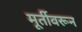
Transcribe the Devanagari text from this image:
मूर्तीवरून